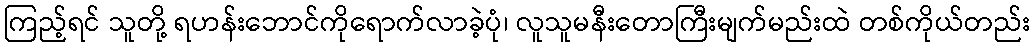
ကြည့်ရင် သူတို့ ရဟန်းဘောင်ကိုရောက်လာခဲ့ပုံ၊ လူသူမနီးတောကြီးမျက်မည်းထဲ တစ်ကိုယ်တည်း